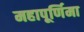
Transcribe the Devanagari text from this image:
महापूर्णिमा